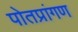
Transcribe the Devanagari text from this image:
पोतप्रांगण